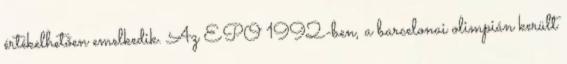
értékelhetően emelkedik. Az EPO 1992-ben, a barcelonai olimpián került